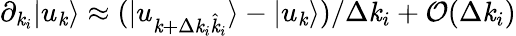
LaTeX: \partial_{\mathit{k}_{i}}|u_{\mathbf{{\mathit{k}}}}\rangle\approx(|u_{\mathbf{{\mathit{k}}}+\Delta\mathit{k}_{i}\hat{{\mathbf{{\mathit{k}}}}}_{i}}\rangle-|u_{\mathbf{{\mathit{k}}}}\rangle)/\Delta\mathit{k}_{i}+\mathcal{{O}}(\Delta\mathit{k}_{i})